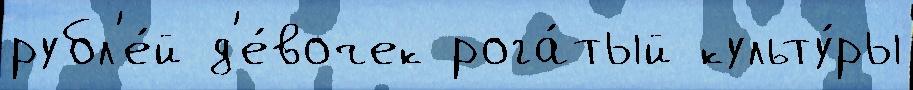
рубл'е́й д'е́вочек рога́тый культу́ры